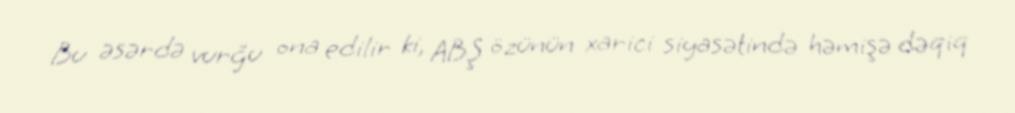
Bu əsərdə vurğu ona edilir ki, ABŞ özünün xarici siyasətində həmişə dəqiq